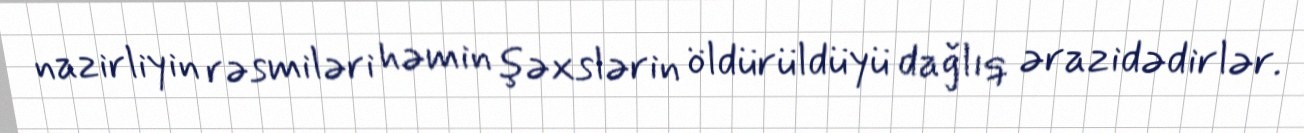
nazirliyin rəsmiləri həmin şəxslərin öldürüldüyü dağlıq ərazidədirlər.